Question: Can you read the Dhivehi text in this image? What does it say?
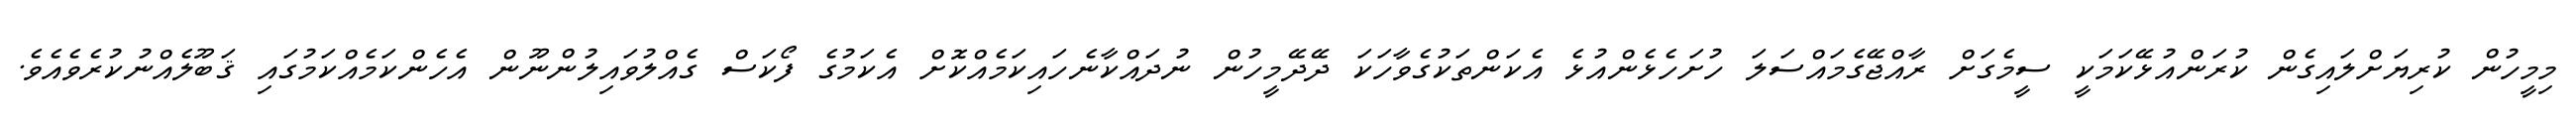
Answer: މިމީހުން ކުރިޔަށްލައިގެން ކުރަންއުޅޭކަމަކީ ސީމެގަށް ރާއްޖޭގެމައްސަލަ ހުށަހެޅެންއުޅެ އެކަންތަކުގެވާހަކަ ދޭދޭމީހުން ނުދައްކާނެހައިކަމެއްކޮށް އެކަމުގެ ފޯކަސް ގެއްލުވައިލުންނޫން އެހެންކަމެއްކަމުގައި ޤަބޫލެއްނުކުރެވެއެވެ.